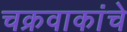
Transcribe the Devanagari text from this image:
चक्रवाकांचे